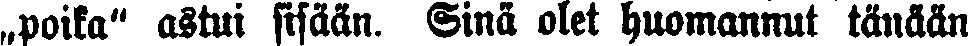
„poika" astui sisään. Sinä olet huomannut tänään